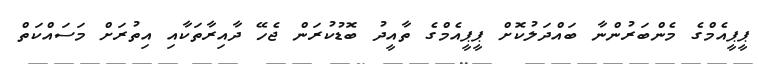
ޕީޕީއެމްގެ މެންބަރުންނާ ބައްދަލުކޮށް ޕީޕީއެމްގެ ތާއީދު ބޮޑުކުރަން ޖެހޭ ދާއިރާތަކާއި އިތުރަށް މަސައްކަތް